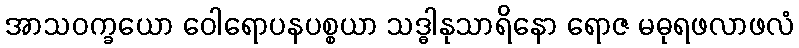
အာသဝက္ခယော ဝေါရောပနပစ္စယာ သဒ္ဓါနုသာရိနော ရောဇ မဓုရဖလာဖလံ